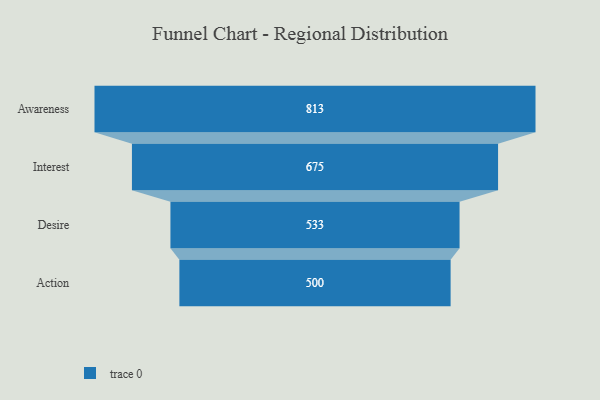
{"axis": {"x": "Stage", "y": "Value"}, "legend": [""], "data": [{"x": "Awareness", "y": 813.0, "type": ""}, {"x": "Interest", "y": 675.0, "type": ""}, {"x": "Desire", "y": 533.0, "type": ""}, {"x": "Action", "y": 500, "type": ""}]}